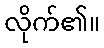
လိုက်၏။